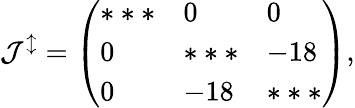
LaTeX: \mathcal{J^{\updownarrow}}=\left(\begin{array}{lll}{***}&{0}&{0}\\ {0}&{***}&{-18}\\ {0}&{-18}&{***}\end{array}\right),